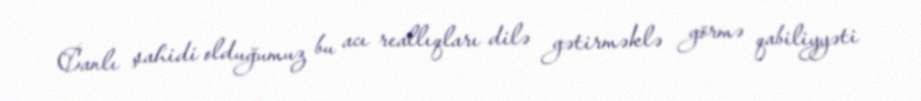
Canlı şahidi olduğumuz bu acı reallıqları dilə gətirməklə görmə qabiliyyəti